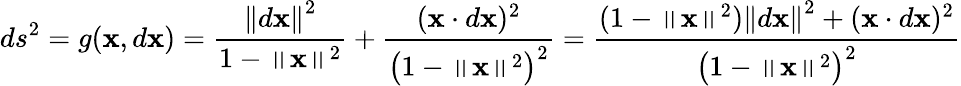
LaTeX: ds^{2}=g(\mathbf{x},d\mathbf{x})={\frac{\left\| d\mathbf{x}\right\| ^{2}}{1-\left\| \mathbf{x}\right\| ^{2}}}+{\frac{(\mathbf{x}\cdot d\mathbf{x})^{2}}{{\bigl(}1-\left\| \mathbf{x}\right\| ^{2}{\bigr)}^{2}}}={\frac{(1-\left\| \mathbf{x}\right\| ^{2})\left\| d\mathbf{x}\right\| ^{2}+(\mathbf{x}\cdot d\mathbf{x})^{2}}{{\bigl(}1-\left\| \mathbf{x}\right\| ^{2}{\bigr)}^{2}}}